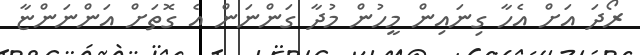
ރޯދަ އަށް އެހާ ގިނައިން މީހުން މުދާ ގަންނަން އެ ގޮތަށް އަންނަންޏާ